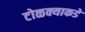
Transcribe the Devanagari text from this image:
टोळक्याकडे